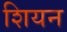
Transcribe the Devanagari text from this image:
शियन